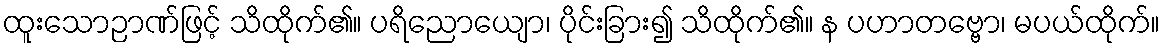
ထူးသောဉာဏ်ဖြင့် သိထိုက်၏။ ပရိညောယျော၊ ပိုင်းခြား၍ သိထိုက်၏။ န ပဟာတဗ္ဗော၊ မပယ်ထိုက်။